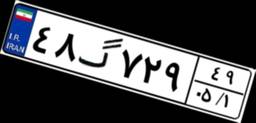
۸۵گ۹۶۹۰۳